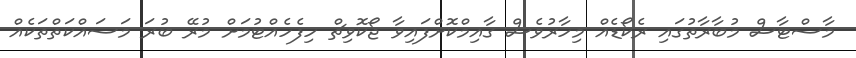
މާސްޓާސް މުބާރާތުގައި ރެކޯޑެއް މިހާރުވެސް ގާއިމްކޮށްފައިވާ ޖޯކޮވިޗް ހިފެހެއްޓުމަށް މުރޭ ބުރަ މަސައްކަތްތަކެއް